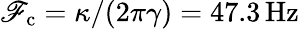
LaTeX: \mathscr{F}_{\mathrm{{c}}}=\kappa/(2\pi\gamma)=47.3\, \mathrm{{{Hz}}}